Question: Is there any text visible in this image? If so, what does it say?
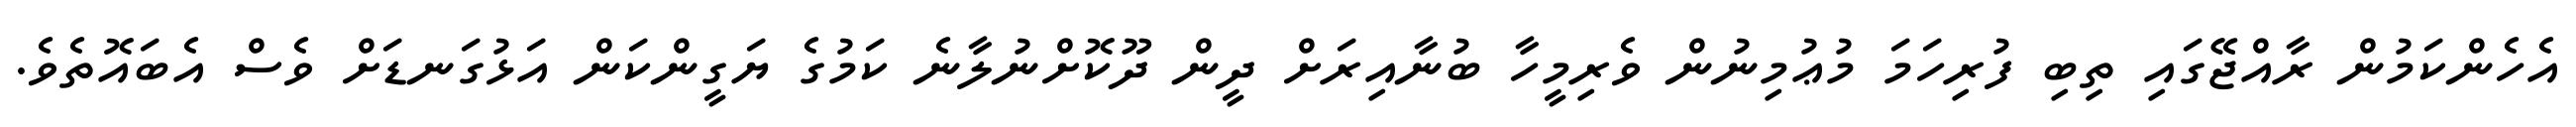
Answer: އެހެންކަމުން ރާއްޖޭގައި ތިބި ފުރިހަމަ މުޢުމިނުން ވެރިމީހާ ބުނާއިރަށް ދީން ދޫކޮށްނުލާނެ ކަމުގެ ޔަގީންކަން އަޅުގަނޑަށް ވެސް އެބައޮތެވެ.